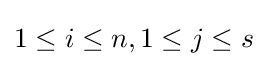
1\leq i\leq n,1\leq j\leq s